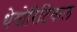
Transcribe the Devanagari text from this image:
थेयोरिटिकल